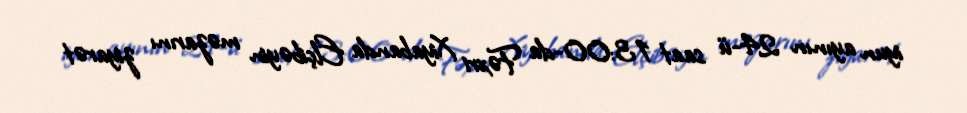
iyun ayının 24-ü saat 13:00-da Fəxri Xiyabanda Elçibəyin məzarını ziyarət